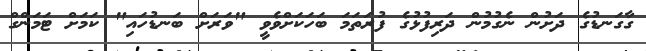
ގާގަނޑުގެ ދަށުން ނެގުމުން ދަރިފުޅުގެ ފުރަތަމަ ބަހަކަށްވެވީ "ވަރަށް ބަނޑުހައި" ކަމަށް ޓަމަންގް